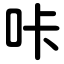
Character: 咔